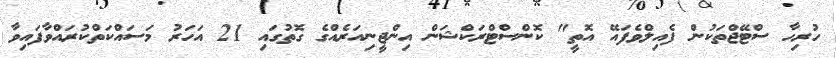
ހުރިހާ ސްޓޭޖްތަކުން ފެއިލްވެފައޭ އޮތީ" ކޮންސްޓްރަކްޝަން އިންޖީނިއަރެއްގެ ގޮތުގައި 21 އަހަރު މަސައްކަތްކުރައްވާފައިވާ